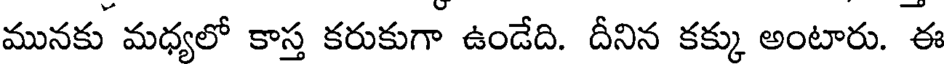
మునకు మధ్యలో కాస్త కరుకుగా ఉండేది. దీనిన కక్కు అంటారు. ఈ